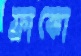
ফ্রাঙ্কো